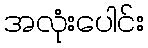
အလုံးပေါင်း